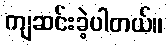
ကျဆင်းခဲ့ပါတယ်။